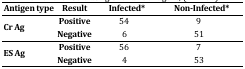
<table><thead><tr><td><b>Antigen type</b></td><td><b>Result</b></td><td colspan="2"><b>Infected*</b></td><td><b>Non-Infected*</b></td></tr></thead><tbody><tr><td rowspan="2"><b>Cr Ag</b></td><td><b>Positive</b></td><td>54</td><td colspan="2">9</td></tr><tr><td><b>Negative</b></td><td>6</td><td colspan="2">51</td></tr><tr><td rowspan="2"><b>ES Ag</b></td><td><b>Positive</b></td><td>56</td><td colspan="2">7</td></tr><tr><td><b>Negative</b></td><td>4</td><td colspan="2">53</td></tr></tbody></table>